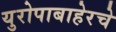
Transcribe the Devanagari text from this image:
युरोपाबाहेरचे